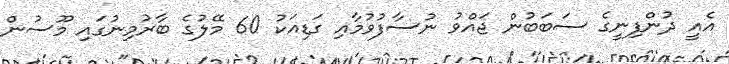
އެއީ ދުންފިނީގެ ސަބަބުން ޖައްވު ނުސާފުވުމާއި ގަޑިއަކު 60 މޭލުގެ ބާރުމިނުގައި މޫސުން